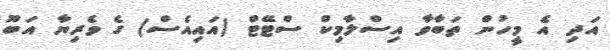
އަދި އެ މީހުން ތަބާވާ އިސްލާމިކް ސްޓޭޓް (އައިއެސް) ގެ ވެރިޔާ އަބޫ